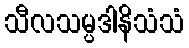
သီလသမ္ပဒါနိသံသံ